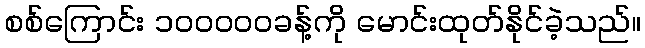
စစ်ကြောင်း ၁၀၀၀၀၀ခန့်ကို မောင်းထုတ်နိုင်ခဲ့သည်။